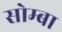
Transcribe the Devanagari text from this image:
सोम्बा